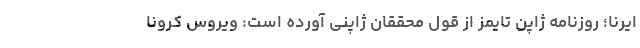
ایرنا؛ روزنامه ژاپن تایمز از قول محققان ژاپنی آورده است: ویروس کرونا